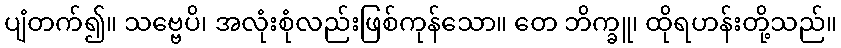
ပျံတက်၍။ သဗ္ဗေပိ၊ အလုံးစုံလည်းဖြစ်ကုန်သော။ တေ ဘိက္ခူ၊ ထိုရဟန်းတို့သည်။